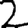
Digit: 2